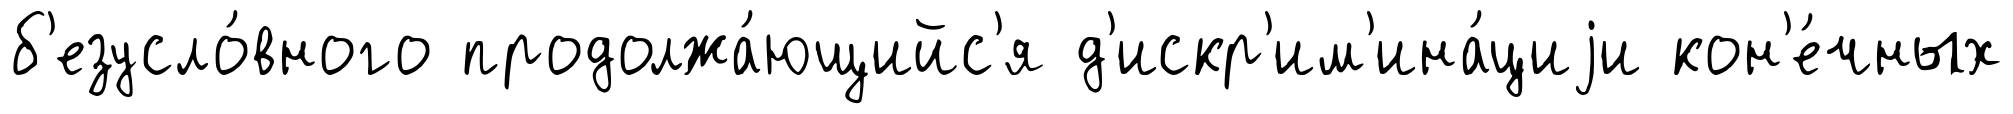
б'езусло́вного продолжа́ющийс'я д'искр'им'ина́циjи кон'е́чных